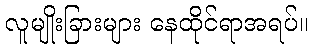
လူမျိုးခြားများ နေထိုင်ရာအရပ်။